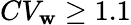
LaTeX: CV_{\mathbf{w}}\ge1.1